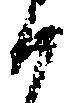
候